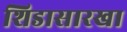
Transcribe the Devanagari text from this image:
शिडासारखा